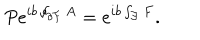
P e ^ { i b \oint _ { \partial { \cal F } } A } = e ^ { i b \int _ { { \cal F } } F } .